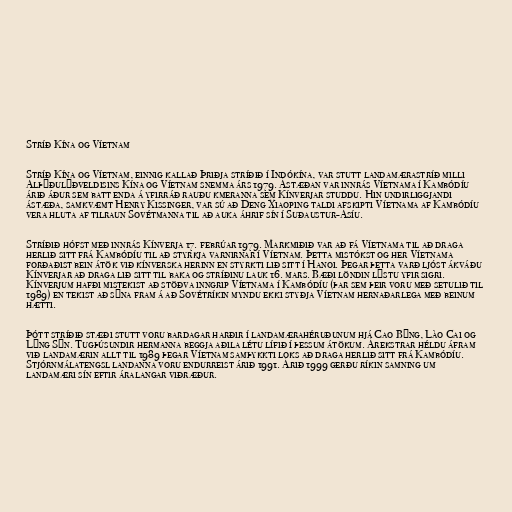
Stríð Kína og Víetnam

Stríð Kína og Víetnam, einnig kallað Þriðja stríðið í Indókína, var stutt landamærastríð milli
Alþýðulýðveldisins Kína og Víetnam snemma árs 1979. Ástæðan var innrás Víetnama í Kambódíu
árið áður sem batt enda á yfirráð rauðu kmeranna sem Kínverjar studdu. Hin undirliggjandi
ástæða, samkvæmt Henry Kissinger, var sú að Deng Xiaoping taldi afskipti Víetnama af Kambódíu
vera hluta af tilraun Sovétmanna til að auka áhrif sín í Suðaustur-Asíu.

Stríðið hófst með innrás Kínverja 17. febrúar 1979. Markmiðið var að fá Víetnama til að draga
herlið sitt frá Kambódíu til að styrkja varnirnar í Víetnam. Þetta mistókst og her Víetnama
forðaðist bein átök við kínverska herinn en styrkti lið sitt í Hanoi. Þegar þetta varð ljóst ákváðu
Kínverjar að draga lið sitt til baka og stríðinu lauk 16. mars. Bæði löndin lýstu yfir sigri.
Kínverjum hafði mistekist að stöðva inngrip Víetnama í Kambódíu (þar sem þeir voru með setulið til
1989) en tekist að sýna fram á að Sovétríkin myndu ekki styðja Víetnam hernaðarlega með beinum
hætti.

Þótt stríðið stæði stutt voru bardagar harðir í landamærahéruðunum hjá Cao Bằng, Lào Cai og
Lạng Sơn. Tugþúsundir hermanna beggja aðila létu lífið í þessum átökum. Árekstrar héldu áfram
við landamærin allt til 1989 þegar Víetnam samþykkti loks að draga herlið sitt frá Kambódíu.
Stjórnmálatengsl landanna voru endurreist árið 1991. Árið 1999 gerðu ríkin samning um
landamæri sín eftir áralangar viðræður.